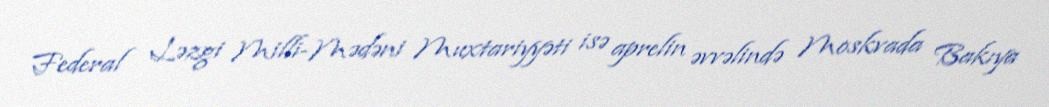
Federal Ləzgi Milli-Mədəni Muxtariyyəti isə aprelin əvvəlində Moskvada Bakıya